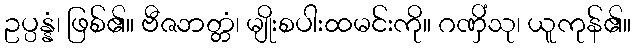
ဥပ္ပန္နံ၊ ဖြစ်၏။ ဗီဇဘတ္တံ၊ မျိုးစပါးထမင်းကို။ ဂဏှိံသု၊ ယူကုန်၏။